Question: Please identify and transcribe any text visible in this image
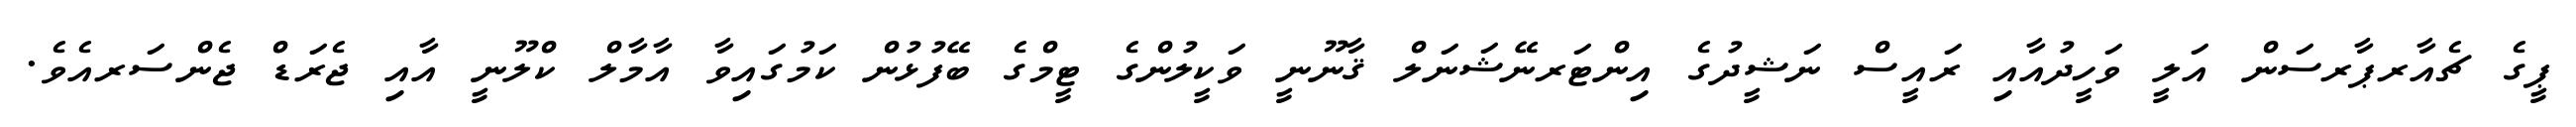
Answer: ޕީގެ ޗެއާރޕާރސަން އަލީ ވަހީދުއާއި ރައީސް ނަޝީދުގެ އިންޓަރނޭޝަނަލް ޤާނޫނީ ވަކީލުންގެ ޓީމްގެ ބޭފުޅުން ކަމުގައިވާ އާމާލް ކްލޫނީ އާއި ޖެރަޑް ޖެންސަރއެވެ.